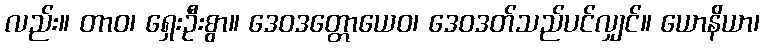
လည်း။ တာဝ၊ ရှေးဦးစွာ။ ဒေဝဒတ္တောယေဝ၊ ဒေဝဒတ်သည်ပင်လျှင်။ ယောနိယာ၊